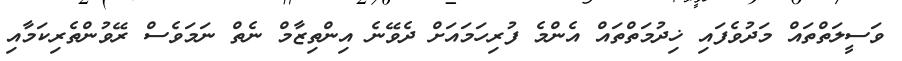
ވަސީލަތްތައް މަދުވެފައި ޚިދުމަތްތައް އެންމެ ފުރިހަމައަށް ދެވޭނެ އިންތިޒާމް ނެތް ނަމަވެސް ރޭވުންތެރިކަމާއި